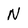
Character: N